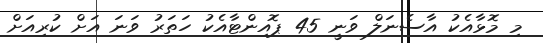
މި މޮޅާއެކު އާސެނަލް ވަނީ 45 ޕޮއިންޓާއެކު ހަތަރު ވަނަ އަށް ކުރިއަށް